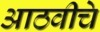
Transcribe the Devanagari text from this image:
आठवीचे